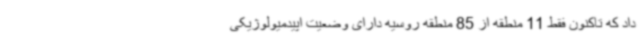
داد که تاکنون فقط 11 منطقه از 85 منطقه روسیه دارای وضعیت اپیدمیولوژیکی